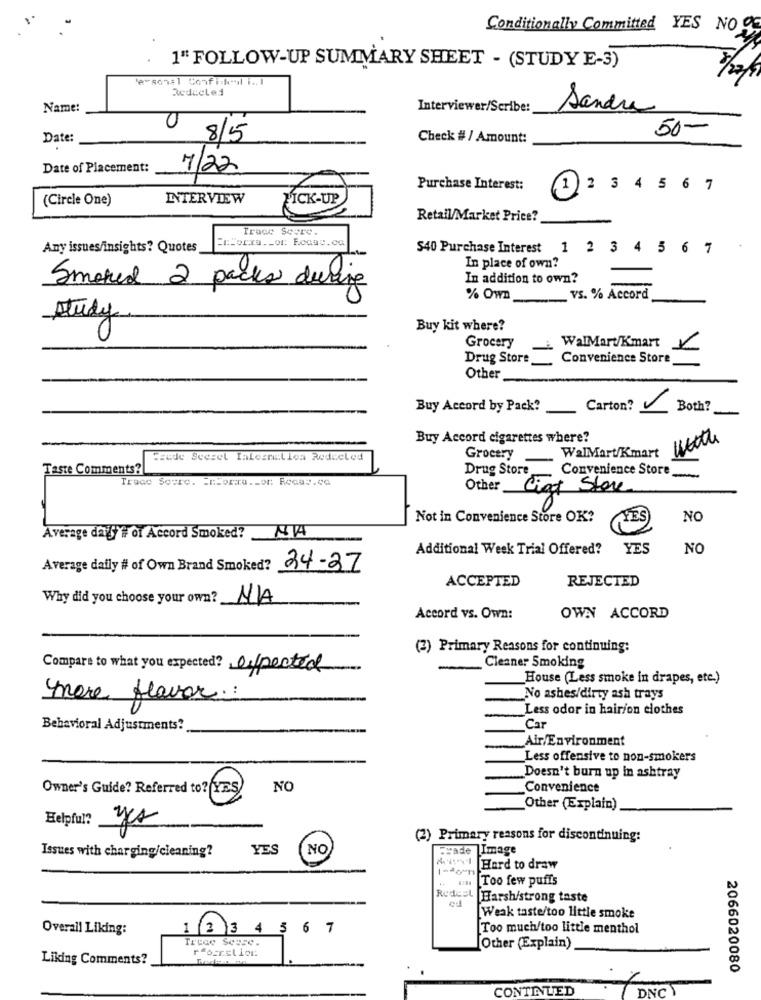
Conditionally Committed YES NO
1" FOLLOW-UP SUMMARY SHEET - (STUDY E-3)
Personal Confickeril i .. 1
3/2/9
Redacted
Name:
Interviewer/Scribe:
Sandra
Date:
8/5
Check # / Amount:
50-
Date of Placement:
7/22
Purchase Interest:
1 2 3 4 5 6 7
(Circle One)
INTERVIEW
PICK-UP
Retail/Market Price?
Trace Seere.
Any issues/insights? Quotes
$40 Purchase Interest
1 2 3 4 5 6 7
In place of own?
In addition to own?
Smoked 2 packs during
% Own
vS. % Accord
study
Buy kit where?
30
Grocery
WalMart/Kmart
Drug Store_
Convenience Store
Other
Buy Accord by Pack?
Carton?
Both?
Buy Accord cigarettes where?
WalMart/Kmart
Foule Scerel Ialesnelles Redecled
Grocery
Taste Comments?
Drug Store
Convenience Store
Trace Seure. Frforma .. or Recas.co
Other
Ciat Store
0
Not in Convenience Store OK?
NO
Average da'S # of Accord Smoked? NIA
Additional Week Trial Offered?
YES
NO
Average daily # of Own Brand Smoked? 24-37
ACCEPTED
REJECTED
Why did you choose your own?
Accord vs. Own:
OWN ACCORD
(2) Primary Reasons for continuing:
Cleaner Smoking
Compare to what you expected? afpected
House (Less smoke in drapes, etc.)
more flavor:
No ashes/dirty ash trays
Less odor in hairion clothes
Behavioral Adjustments?
Car
Air/Environment
Less offensive to non-smokers
Doesn't burn up in ashtray
Owner's Guide? Referred to? YES
NO
Convenience
Other (Explain)
Helpful?
yes
(2) Primary reasons for discontinuing:
Issues with charging/cleaning?
YES
NO
Scade
]Image
-
Hard to draw
Too few puffs
Redest Harsh/strong taste
ed
Weak taste/too little smoke
Overall Liking:
(2)3 4 5 6 7
Too much/too little menthol
Trece Seuse.
rforcel ion
Other (Explain)
Liking Comments?
2066020080
CONTINUED
DNC )